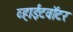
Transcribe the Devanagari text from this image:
व्हाईटवॉटर